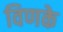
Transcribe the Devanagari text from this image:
विणके